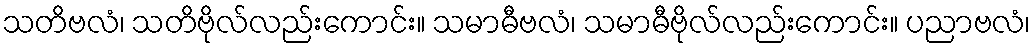
သတိဗလံ၊ သတိဗိုလ်လည်းကောင်း။ သမာဓီဗလံ၊ သမာဓီဗိုလ်လည်းကောင်း။ ပညာဗလံ၊